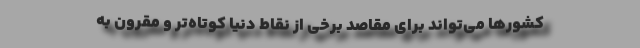
کشورها می‌تواند برای مقاصد برخی از نقاط دنیا کوتاه‌تر و مقرون به